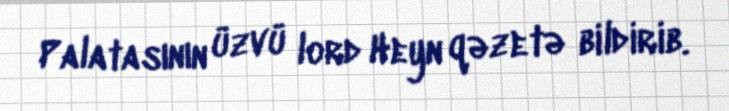
Palatasının üzvü lord Heyn qəzetə bildirib.